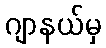
ဂျာနယ်မှ